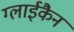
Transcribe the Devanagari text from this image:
ग्लाईकैन